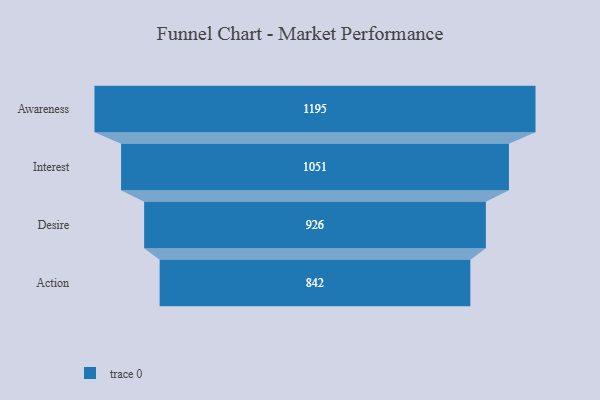
{"axis": {"x": "Stage", "y": "Value"}, "legend": [""], "data": [{"x": "Awareness", "y": 1195.0, "type": ""}, {"x": "Interest", "y": 1051.0, "type": ""}, {"x": "Desire", "y": 926.0, "type": ""}, {"x": "Action", "y": 842.0, "type": ""}]}